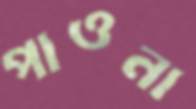
পাওনা